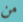
من